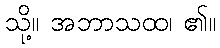
သို့။ အဘာသထ၊ ၏။